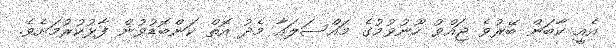
އެއީ ކާބަން ބޭރުވެ ޖައްވު ހޫނުވުމުގެ މައްސަލައާ މެދު އޮތް ކަންބޮޑުވުން ފާޅުކުރުމަށެވެ.